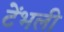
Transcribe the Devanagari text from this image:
टेंभली